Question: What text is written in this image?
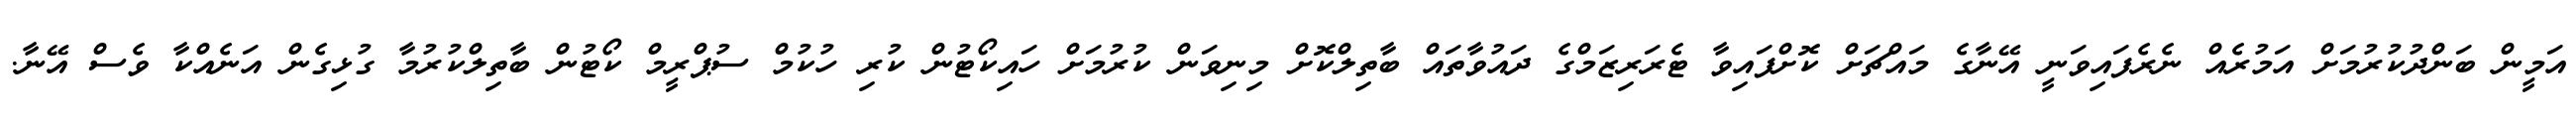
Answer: އަމީން ބަންދުކުރުމަށް އަމުރެއް ނެރެފައިވަނީ އޭނާގެ މައްޗަށް ކޮށްފައިވާ ޓެރަރިޒަމްގެ ދައުވާތައް ބާތިލްކޮށް މިނިވަން ކުރުމަށް ހައިކޯޓުން ކުރި ހުކުމް ސުޕްރީމް ކޯޓުން ބާތިލްކުރުމާ ގުޅިގެން އަނެއްކާ ވެސް އޭނާ.